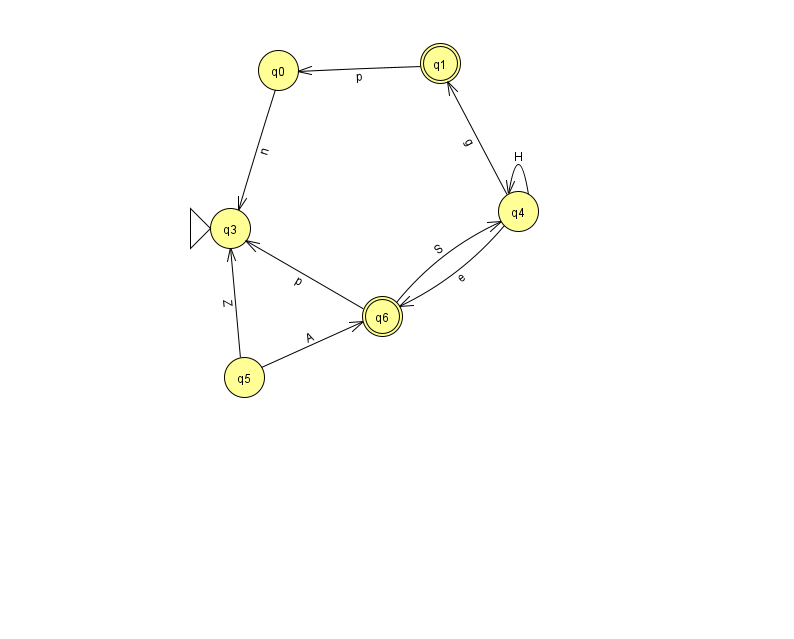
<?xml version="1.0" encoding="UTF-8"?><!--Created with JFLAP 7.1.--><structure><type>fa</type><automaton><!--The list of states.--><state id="0" name="q0"><x>278.0</x><y>57.0</y></state><state id="1" name="q1"><x>440.0</x><y>50.0</y><final/></state><state id="3" name="q3"><x>230.0</x><y>215.0</y><initial/></state><state id="4" name="q4"><x>518.0</x><y>198.0</y></state><state id="5" name="q5"><x>244.0</x><y>364.0</y></state><state id="6" name="q6"><x>382.0</x><y>303.0</y><final/></state><!--The list of transitions.--><transition><from>5</from><to>6</to><read>A</read></transition><transition><from>6</from><to>3</to><read>p</read></transition><transition><from>0</from><to>3</to><read>n</read></transition><transition><from>4</from><to>1</to><read>g</read></transition><transition><from>4</from><to>4</to><read>H</read></transition><transition><from>4</from><to>6</to><read>e</read></transition><transition><from>1</from><to>0</to><read>p</read></transition><transition><from>5</from><to>3</to><read>Z</read></transition><transition><from>6</from><to>4</to><read>S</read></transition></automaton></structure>